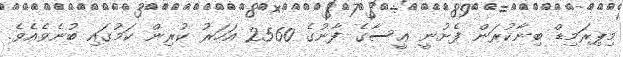
މިޕިރަމިޑް ބިނާކުރަން ފެށުނީ ޢީސާގެ ފާނުގެ 2560 އަހަރު ކުރިން ކަމުގައި ބުނެވެއެވެ.